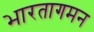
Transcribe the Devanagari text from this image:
भारतागमन